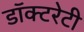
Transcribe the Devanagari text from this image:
डॉक्टरेटी